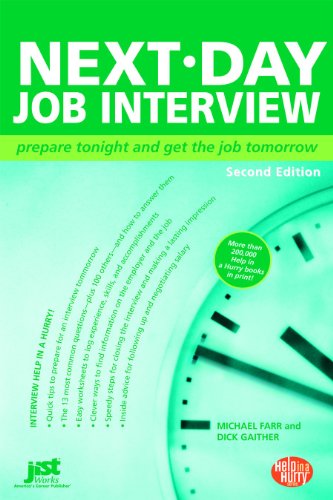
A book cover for Next-Day Job Interview: Prepare Tonight and Get the Job Tomorrow (Next-Day Job Interview: Prepare Tonight & Get the Job Tomorrow); Michael Farr; Business & Money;